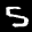
Label: 5